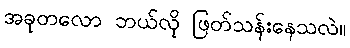
အခုတလော ဘယ်လို ဖြတ်သန်းနေသလဲ။